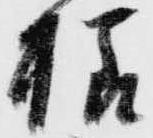
様